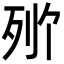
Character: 𬆒